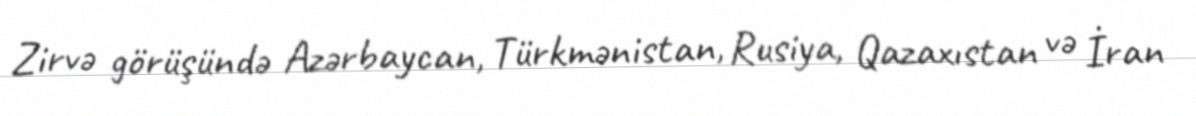
Zirvə görüşündə Azərbaycan, Türkmənistan, Rusiya, Qazaxıstan və İran